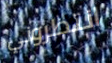
انتظروني